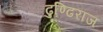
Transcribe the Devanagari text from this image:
ढुण्ढि़राज